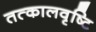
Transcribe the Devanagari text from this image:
तत्कालवृष्टि